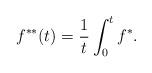
LaTeX: \begin{align*}f^{**}(t) =\frac1t\int_0^t f^*.\end{align*}